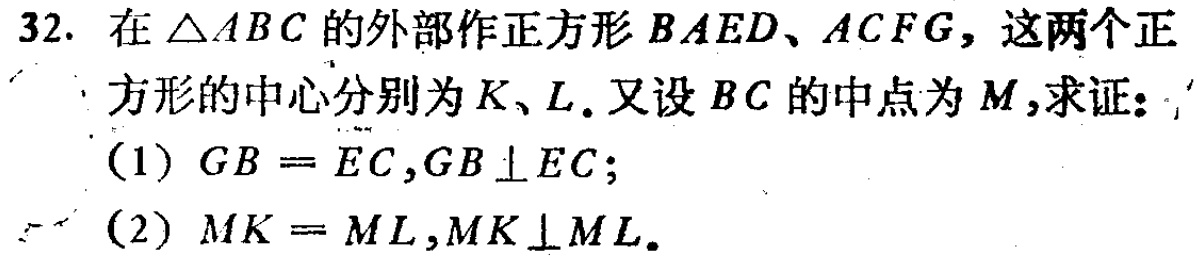
32. 在\(\triangle ABC\)的外部作正方形\(BAED\)、\(ACFG\)，这两个正方形的中心分别为\(K\)、\(L\)。又设\(BC\)的中点为\(M\)，求证：

(1) \(GB = EC\)，\(GB\perp EC\)；

(2) \(MK = ML\)，\(MK\perp ML\)。